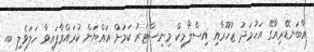
އާބަނޑޭރިއާގޭ އަހުމަދު ޒުހޫރާއި އިސްލާމިކް މިނިސްޓަރު ކަމަށް އައްޔަން ކުރައްވާފައިވާ ހަލަވެލި ބ.